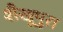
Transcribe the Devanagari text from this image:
शैखूपुरा